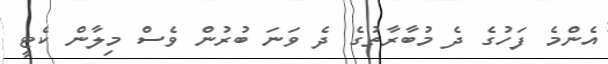
އެންމެ ފަހުގެ ދެ މުބާރާތުގެ ދެ ވަނަ ބުރުން ވެސް މިލާން ކެޓީ